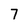
Character: 7